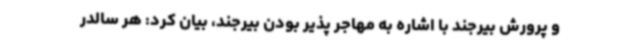
و پرورش بیرجند با اشاره به مهاجر پذیر بودن بیرجند، بیان کرد: هر سالدر